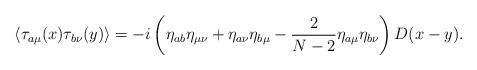
LaTeX: \begin{align*}\langle\tau_{a\mu}(x)\tau_{b\nu}(y)\rangle=-i\left(\eta_{ab}\eta_{\mu\nu}+\eta_{a\nu}\eta_{b\mu}-\frac{2}{N-2}\eta_{a\mu}\eta_{b\nu}\right)D(x-y).\end{align*}